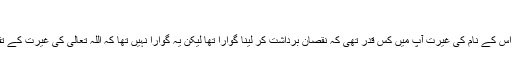
حدیث نمبر 3841)
پھر اللہ تعالیٰ کی محبت اور اس کے نام کی غیرت آپؐ میں کس قدر تھی کہ نقصان برداشت کر لینا گوارا تھا لیکن یہ گوارا نہیں تھا کہ اللہ تعالیٰ کی غیرت کے تقاضے پورے نہ کئے جائیں۔